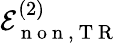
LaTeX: \mathcal{E}_{\mathrm{~n~o~n~},\mathrm{~T~R~}}^{(2)}